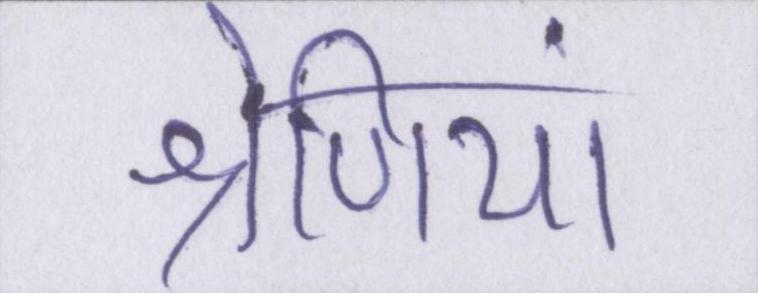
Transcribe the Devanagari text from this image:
श्रेणियां